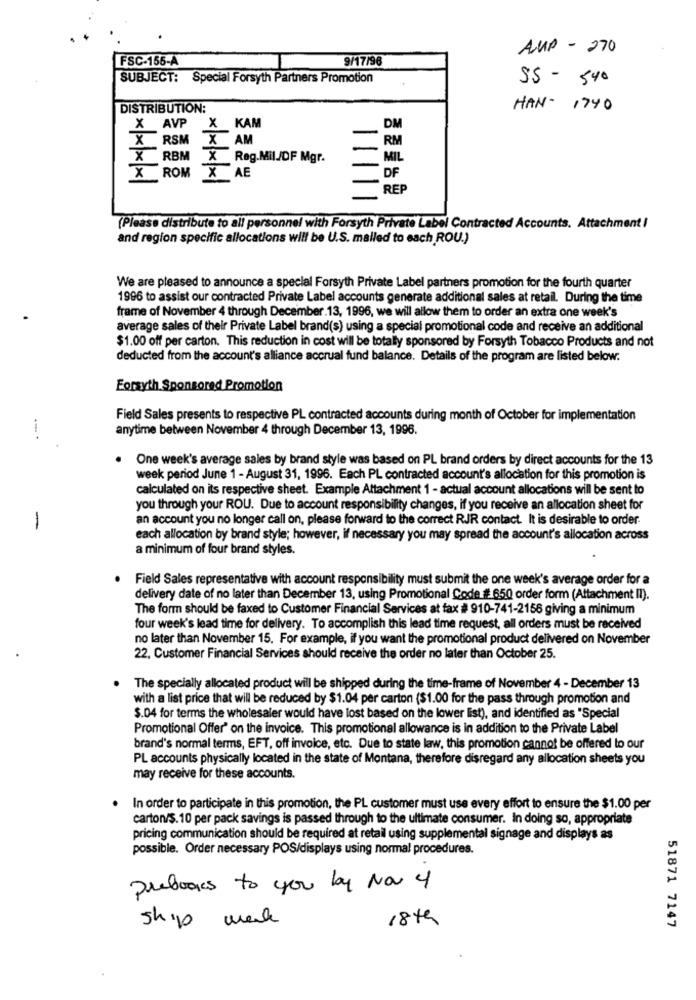
AMP - 270
FSC-155-A
9/17/96
SUBJECT: Special Forsyth Partners Promotion
SS - 540
DISTRIBUTION:
HAN- 1740
X AVP X KAM
DM
X RSM
X AM
RM
X RBM X Reg.Mil./DF Mgr.
MIL
X ROM X AE
xxxx
DF
REP
(Please distribute to all personnel with Forsyth Private Label Contracted Accounts. Attachment I
and region specific allocations will be U.S. mailed to each ROU.)
We are pleased to announce a special Forsyth Private Label partners promotion for the fourth quarter
1996 to assist our contracted Private Label accounts generate additional sales at retail. During the time
frame of November 4 through December. 13, 1996, we will allow them to order an extra one week's
average sales of their Private Label brand(s) using a special promotional code and receive an additional
$1.00 off per carton. This reduction in cost will be totally sponsored by Forsyth Tobacco Products and not
deducted from the account's alliance accrual fund balance. Details of the program are listed below.
Forsyth Sponsored Promotion
Field Sales presents to respective PL contracted accounts during month of October for implementation
anytime between November 4 through December 13, 1996.
One week's average sales by brand style was based on PL brand orders by direct accounts for the 13
week period June 1 - August 31, 1996. Each PL contracted account's allocation for this promotion is
calculated on its respective sheet. Example Attachment 1 - actual account allocations will be sent to
you through your ROU. Due to account responsibility changes, if you receive an allocation sheet for
an account you no longer call on, please forward to the correct RJR contact. It is desirable to order.
-
each allocation by brand style; however, if necessary you may spread the account's allocation across
a minimum of four brand styles.
Field Sales representative with account responsibility must submit the one week's average order for a
delivery date of no later than December 13, using Promotional Code # 650 order form (Attachment II).
The form should be faxed to Customer Financial Services at fax # 910-741-2156 giving a minimum
four week's lead time for delivery. To accomplish this lead time request, all orders must be received
no later than November 15. For example, if you want the promotional product delivered on November
22, Customer Financial Services should receive the order no later than October 25.
The specially allocated product will be shipped during the time-frame of November 4 - December 13
with a list price that will be reduced by $1.04 per carton ($1.00 for the pass through promotion and
$.04 for terms the wholesaler would have lost based on the lower list), and identified as "Special
Promotional Offer' on the invoice. This promotional allowance is in addition to the Private Label
brand's normal terms, EFT, off invoice, etc. Due to state law, this promotion cannot be offered to our
PL accounts physically located in the state of Montana, therefore disregard any allocation sheets you
may receive for these accounts.
. In order to participate in this promotion, the PL customer must use every effort to ensure the $1.00 per
carton/$. 10 per pack savings is passed through to the ultimate consumer. In doing so, appropriate
pricing communication should be required at retail using supplemental signage and displays as
possible. Order necessary POS/displays using normal procedures.
prebogus to you by Na 4
18th
51871 7147
shop